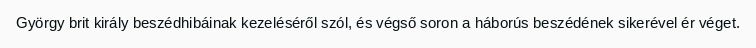
György brit király beszédhibáinak kezeléséről szól, és végső soron a háborús beszédének sikerével ér véget.